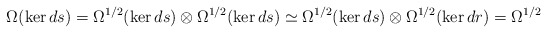
\begin{align*} \Omega(\ker ds)=\Omega^{1/2}(\ker ds)\otimes\Omega^{1/2}(\ker ds)\simeq \Omega^{1/2}(\ker ds)\otimes\Omega^{1/2}(\ker dr)=\Omega^{1/2}\end{align*}